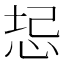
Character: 𫭻